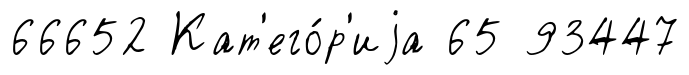
66652 Кат'его́р'иjа 65 93447